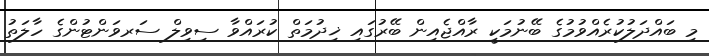
މި ބައްދަލުކުރެއްވުމުގެ ބޭނުމަކީ ރާއްޖެއިން ބޭރުގައި ޚިދުމަތް ކުރައްވާ ސިވިލް ސަރވަންޓުންގެ ހާލަތު